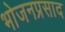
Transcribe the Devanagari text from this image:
भोजनप्रसाद